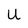
Character: U